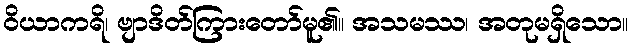
ဝိယာကရိ၊ ဗျာဒိတ်ကြားတော်မူ၏။ အသမဿ၊ အတုမရှိသော။